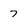
Character: 7